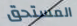
المستحق